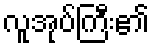
လူအုပ်ကြီး၏